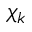
\chi _ { k }